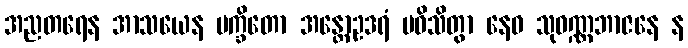
အညတရေန အာသယေန မက္ခိတော အန္တောဥဒရံ ပဝိသိတွာ နေဝ သုဝဏ္ဏဘာဇနေ န